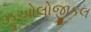
ઝૂઓલોજીકલ